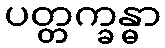
ပတ္တက္ခန္ဓာ